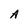
Character: A